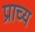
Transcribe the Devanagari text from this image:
प्राच्‍य